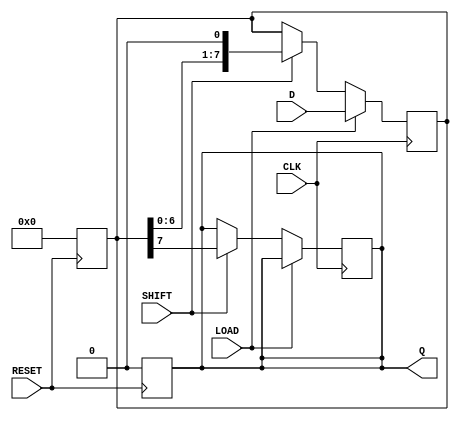
module PISO_Register #(
    parameter WIDTH = 8 // Define the width of the register
)(
    input wire [WIDTH-1:0] D,    // Parallel data input
    input wire LOAD,              // Load control signal
    input wire CLK,               // Clock signal
    input wire SHIFT,             // Shift control signal
    input wire RESET,             // Asynchronous reset signal
    output reg Q                 // Serial output
);

    reg [WIDTH-1:0] shift_reg;    // Internal shift register

    // Asynchronous reset
    always @(posedge RESET) begin
        shift_reg <= {WIDTH{1'b0}}; // Reset all bits to 0
        Q <= 1'b0;                  // Reset serial output
    end

    // Main operation: loading and shifting
    always @(posedge CLK) begin
        if (LOAD) begin
            shift_reg <= D;         // Load data into the shift register
        end else if (SHIFT) begin
            Q <= shift_reg[WIDTH-1]; // Output the MSB to Q
            shift_reg <= {shift_reg[WIDTH-2:0], 1'b0}; // Shift right, fill LSB with 0
        end
    end

endmodule